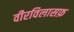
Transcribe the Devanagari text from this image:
वीरविलासफ़